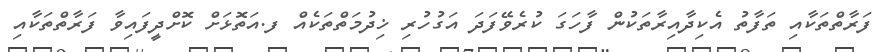
ފަރާތްތަކާއި ތަފާތު އެކިދާއިރާތަކުން ފާހަގަ ކުރެވޭފަދަ އަގުހުރި ޚިދުމަތްތަކެއް ފ.އަތޮޅަށް ކޮށްދީފައިވާ ފަރާތްތަކާއި